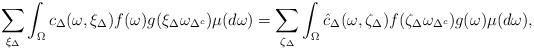
LaTeX: \begin{align*} \sum_{\xi_{\Delta}}\int_{\Omega}c_{\Delta}(\omega, \xi_{\Delta})f(\omega)g(\xi_{\Delta}\omega_{\Delta^c})\mu(d\omega) = \sum_{\zeta_{\Delta}}\int_{\Omega}\hat{c}_{\Delta}(\omega, \zeta_{\Delta})f(\zeta_{\Delta}\omega_{\Delta^c})g(\omega)\mu(d\omega), \end{align*}